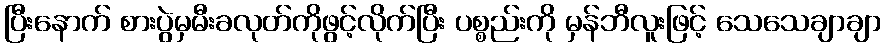
ပြီးနောက် စားပွဲမှမီးခလုတ်ကိုဖွင့်လိုက်ပြီး ပစ္စည်းကို မှန်ဘီလူးဖြင့် သေသေချာချာ